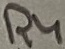
Text: R4